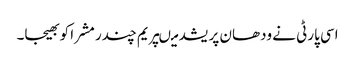
اسی پارٹی نے ودھان پریشد میںپریم چندر مشرا کو بھیجا۔